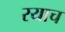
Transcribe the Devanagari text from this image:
रयाच